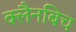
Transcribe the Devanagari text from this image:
क्लैनबिच